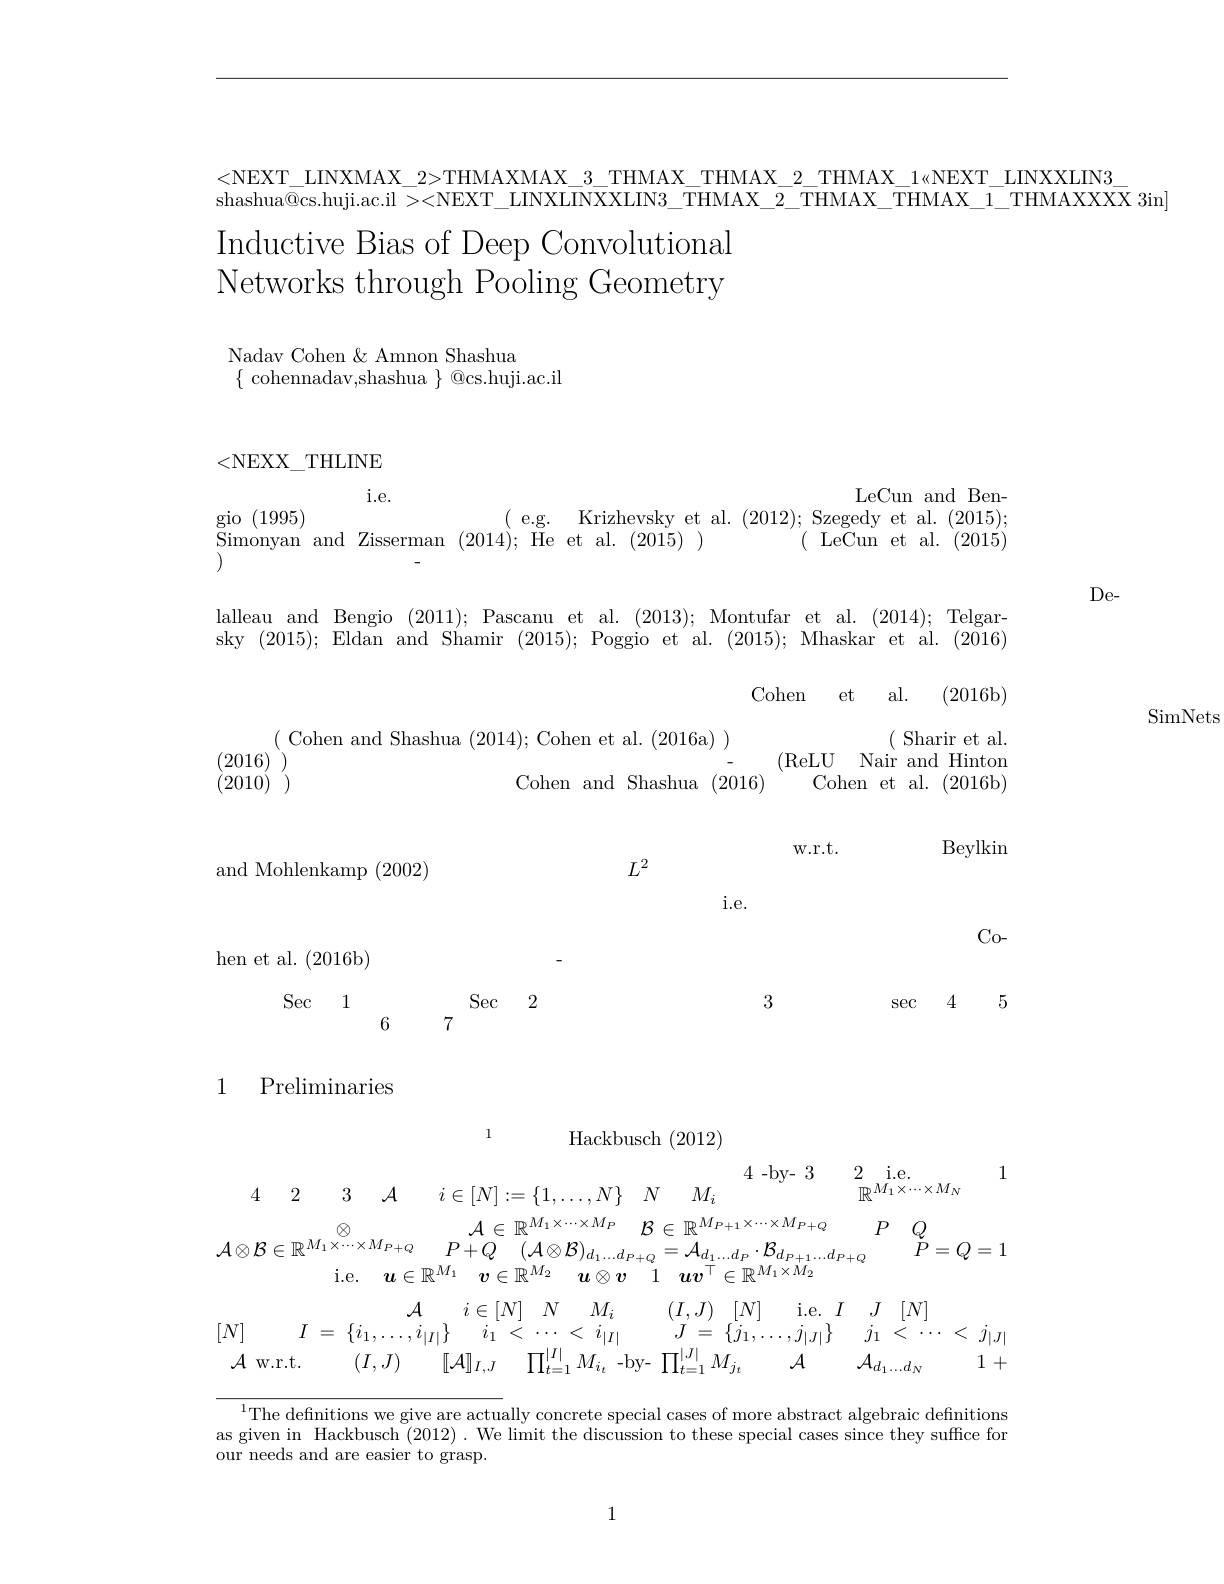
<NEXT\_LINXMAX\_2>THMAXMAX\_3\_THMAX\_THMAX\_2\_THMAX\_1«NEXT\_LINXXLIN3\_

shashua@cs.huji.ac.il ><NEXT\_LINXLINXXLIN3\_THMAX\_2\_THMAX\_THMAX\_1\_THMAXXXX 3in]

Inductive Bias of Deep Convolutional Networks through Pooling Geometry

Nadav Cohen & Amnon Shashua
$\{$ cohennadav,shashua $\}$ @cs.huji.ac.il

$De-$

SimNets

<NEXX\_THLINE
$\begin{array}{cc}\mathrm{i.e.}&\mathrm{LeCun~and~Ben}\\\mathrm{gio~(1995)}&\mathrm{(~e.g.~Krizhevsky~et~al.~(2012);~Szegedy~et~al.~(2015)}\\\mathrm{Simonyan~and~Zisserman~(2014);~He~et~al.~(2015)~)}\\\mathrm{)}\end{array}$ $\begin{array}{ll}\text{lalleau and Bengio (2011);~Pascanu~et~al.~(2013);~Montufar~et~al.~(2014);~Telgar}\\\mathrm{skv~(2015);~Eldan~and~Shamir~(2015);~Poggio~et~al.~(2015);~Mhaskar~et~al.~(2016)}\end{array}$
Cohen
et
al.
(2016b)
$\begin{array}{c}{(\mathrm{Cohen~and~Shashua~(2014);~Cohen~et~al.~(2016a)~)}}&{(\mathrm{~Sharir~et~al.}}\\{(2016)~)}&{(\mathrm{ReLU~Nair~and~Hinton}}\\{(2010)~)}&{(\mathrm{Cohen~and~Shashua~(2016)}}&{\mathrm{Cohen~et~al.~(2016b)}}\end{array}$
$\operatorname{Beylkin}$
W.r.t.
and Mohlenkamp (2002)
i. e.
Co-
hen et al. (2016b)
3
$\sec$ 4 5
Sec 1 Sec 2
6
7
1 Preliminaries
1
$$\begin{aligned}&&&\text{11atkousch (2012)}\\&4\quad2\quad3\quad\mathcal{A}\quad i\in[N]:=\{1,\ldots,N\}\quad N\quad M_{i}\quad\mathbb{R}^{M_{1}\times\cdots\times M_{N}}\quad1\\&A\otimes\mathcal{B}\in\mathbb{R}^{M_{1}\times\cdots\times M_{P+Q}}\quad P+Q\quad(A\otimes\mathcal{B})_{d_{1}\ldots d_{P+Q}}=A_{d_{1}\ldots d_{P}}\cdot B_{d_{P+1}\ldots d_{P+Q}}\quad P\quad Q\\&&&\mathrm{i.e.}\quad\boldsymbol{u}\in\mathbb{R}^{M_{1}}\quad\boldsymbol{v}\in\mathbb{R}^{M_{2}}\quad\boldsymbol{u}\otimes\boldsymbol{v}\quad1\quad\boldsymbol{u}\boldsymbol{v}^{\top}\in\mathbb{R}^{M_{1}\times M_{2}}\\&[N]\quad I=\{i_{1},\ldots,i_{|I|}\}\quad i_{1}&&&&&&&&&&&&&&&&&&&&&&&&&&&&&&&&&&&&&&&&&&&&&&&&&&&&&&&&&&&&&&&&&&&&&&&&&&&&&&&&&&&&&&&&&&&&&&&&&&&&&&&&&&&&&&&&&&&&&&&&&&&&&&&&&&&&&&&&&&&&&&&&&&&&&&&&&&&&&&&&&&&&&&&&&&&&&&&&&&&&&&&&&&&&&&&&&&&&&&&&&&&&&&&&&&&&&&&&&&&&&&&&&&&&&&&&&&&&&&&&&&&&&&&&&&&&&&&&&&&&&&&&&&&&&&&&&&&&&&&&&&&&&&&&&&&&&&&&&&&&&&&&&&&&&&&&&&&&&&&&&&&&&&&&&&&&&&&&&&&&&&&&&&&&&&&&&&&&&&&&&&&&&&&&&&&&&&&&&&&&&&&&&&&&&&&&&&&&&&&&&&&&&&&&&&&&&&&&&&&&&&&&&&&&&&&&&&&&&&&&&&&&&&&&&&&&&&&&&&&&&&&&&&&&&&&&&&&&&&&&&&&&&&&&&&&&&&&&&&&&&&&&&&&&&&&&&&&&&&&&&&&&&&&&&&&&&&&&&&&&&&&&&&&&&&&&&&&&&&&&&&&&&&&&&&&&&&&&&&&&&&&&&&&&&&&&&&&&&&&&&&&&&&&&&&&&&&&&&&&&&&&&&&&&&&&&&&&&&&&&&&&&&&&&&&&&&&&&&&&&&&&&&&&&&&&&&&&&&&&&&&&&&&&&&&&&&&&&&&&&&&&&&&&&&&&&&&&&&&&\end{aligned}$$
$^{1}$The definitions we give are actually concrete special cases of more abstract algebraic definitions as given in Hackbusch (2012). We limit the discussion to these special cases since they suffice for our needs and are easier to grasp.

1